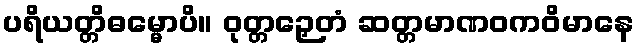
ပရိယတ္တိဓမ္မောပိ။ ဝုတ္တဉှေတံ ဆတ္တမာဏဝကဝိမာနေ